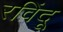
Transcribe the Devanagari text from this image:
रविंदू